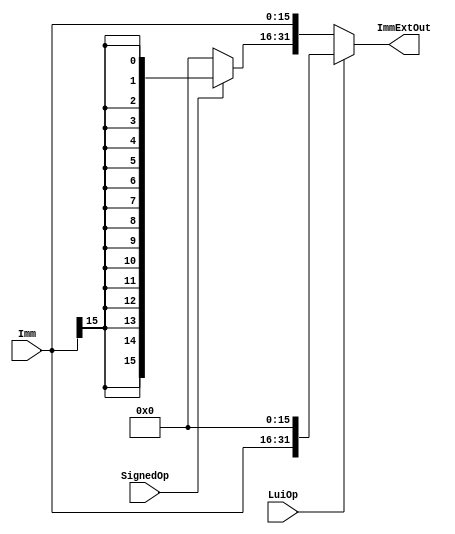
`timescale 1ns / 1ps
//////////////////////////////////////////////////////////////////////////////////
// Class: Experiments on Fundamentals of Digital Logic and Processor
// Designer: Shao Chenyang
// 
// Design Name: PipelineCPU
// Module Name: ImmExtend
// Project Name: Pipeline-cpu
// Target Devices: 
// Tool Versions: Vivado 2017.4 
// Description: extend the immediate (signed or unsigned)
// 
// Dependencies: 
// 
// Revision:
// Revision 0.01 - File Created
// Additional Comments:
// 
//////////////////////////////////////////////////////////////////////////////////

module ImmProcess (Imm, LuiOp, SignedOp, ImmExtOut);

input [15:0] Imm;
input LuiOp;
input SignedOp;

output [31:0] ImmExtOut;

wire [31:0] ImmExt;

assign ImmExt = {SignedOp ? {16{Imm[15]}}: 16'h0000, Imm};
assign ImmExtOut = LuiOp? {Imm, 16'h0000}: ImmExt;

endmodule